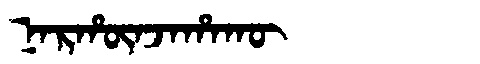
Manchu: ᠨᠠᡵᡥᡡᠨᠵᠠᡥᠠᡴᡡ
Romanization: NARHŪNJAHAKŪ